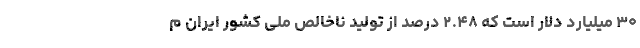
۳۰ میلیارد دلار است که ۲.۴۸ درصد از تولید ناخالص ملی کشور ایران م